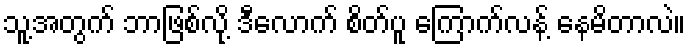
သူ့အတွက် ဘာဖြစ်လို့ ဒီလောက် စိတ်ပူ ကြောက်လန့် နေမိတာလဲ။